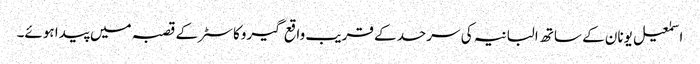
اسمٰعیل یونان کے ساتھ البانیہ کی سرحد کے قریب واقع گیروکاسٹر کے قصبہ میں پیدا ہوئے۔